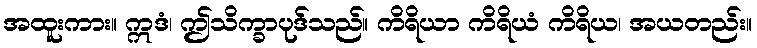
အထူးကား။ ဣဒံ၊ ဤသိက္ခာပုဒ်သည်။ ကိရိယာ ကိရိယံ ကိရိယ၊ အယတည်း။